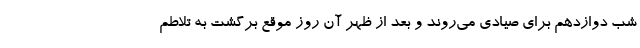
شب دوازدهم برای صیادی می‌روند و بعد از ظهر آن روز موقع برگشت به تلاطم